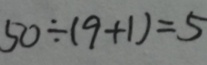
5 0 \div ( 9 + 1 ) = 5